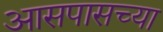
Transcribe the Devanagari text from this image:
अासपासच्या